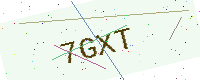
Text: 7GXT